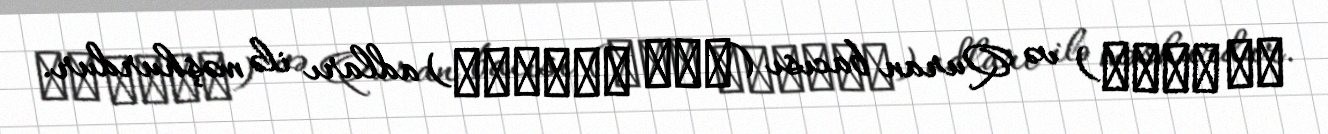
آل محمد) və Quran bacısı (اخت القرآن) adları ilə məşhurdur.